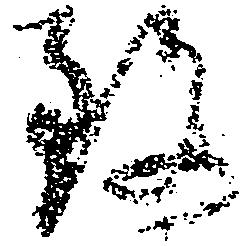
致